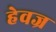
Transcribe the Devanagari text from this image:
हेवज्र